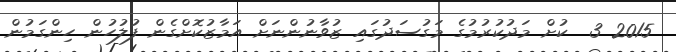
2015 3  ކުށް މަދުކުރުމުގެ މަގުސަދުގައި ޒުވާނުންނަށް އަމާޒުކޮށްގެން ފުލުހުން ހިންގަމުން